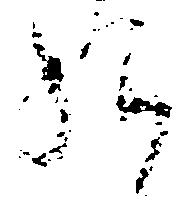
給